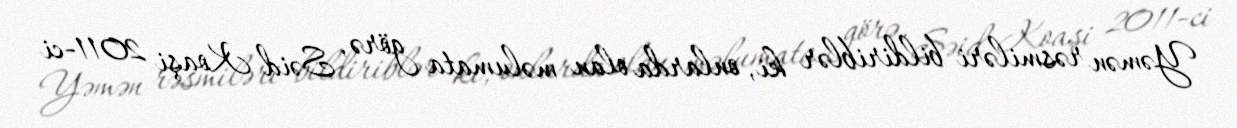
Yəmən rəsmiləri bildiriblər ki, onlarda olan məlumata görə, Səid Koaşi 2011-ci